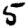
Digit: 5